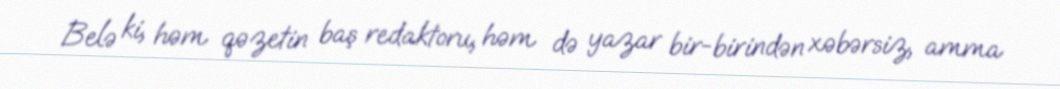
Belə ki, həm qəzetin baş redaktoru, həm də yazar bir-birindən xəbərsiz, amma